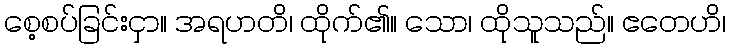
စေ့စပ်ခြင်းငှာ။ အရဟတိ၊ ထိုက်၏။ သော၊ ထိုသူသည်။ ဧတေဟိ၊